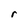
Character: r